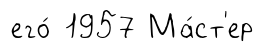
его́ 1957 Ма́ст'ер